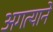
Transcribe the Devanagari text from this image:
अगत्याने